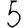
Digit: 5